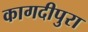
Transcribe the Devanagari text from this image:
कागदीपुरा